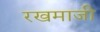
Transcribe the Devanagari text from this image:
रखमाजी